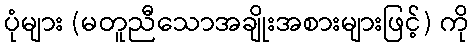
ပုံများ (မတူညီသောအချိုးအစားများဖြင့်) ကို